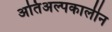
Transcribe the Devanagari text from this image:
अतिअल्पकालीन